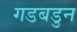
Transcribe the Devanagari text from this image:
गडबडुन